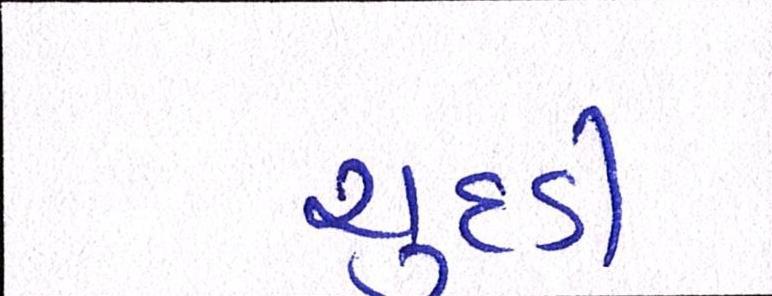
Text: ચુદડી